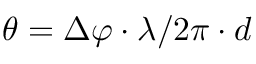
\theta = \Delta \varphi \cdot \lambda / 2 \pi \cdot d